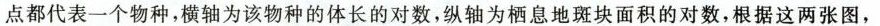
点都代表一个物种，横轴为该物种的体长的对数，纵轴为栖息地斑块面积的对数，根据这两张图，